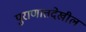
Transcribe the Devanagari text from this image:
पुराणातदेखील